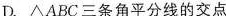
D. △ABC三条角平分线的交点